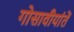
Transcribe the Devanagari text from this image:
गोसावीयांतें